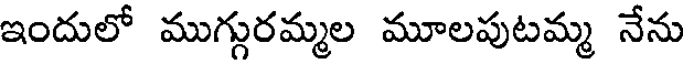
ఇందులో ముగ్గురమ్మల మూలపుటమ్మ నేను